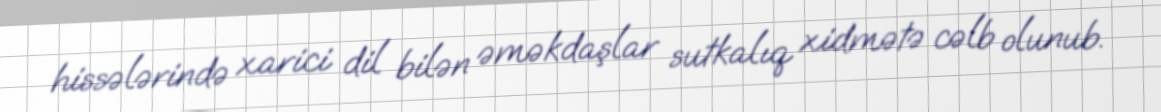
hissələrində xarici dil bilən əməkdaşlar sutkalıq xidmətə cəlb olunub.